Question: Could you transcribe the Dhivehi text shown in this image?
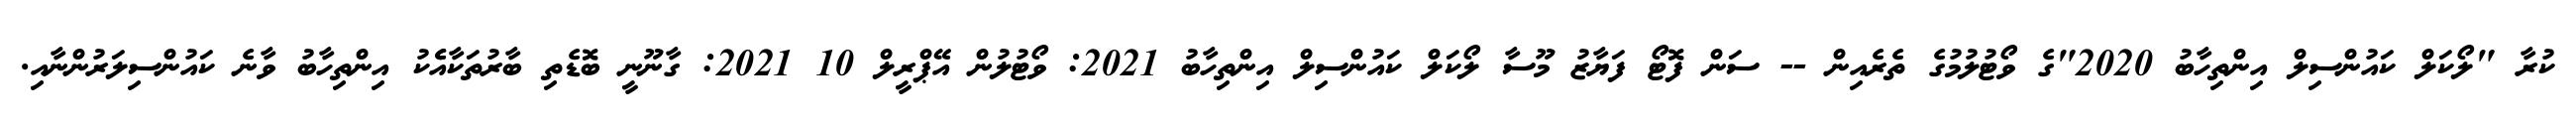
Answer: ކުރާ "ލޯކަލް ކައުންސިލް އިންތިހާބު 2020"ގެ ވޯޓުލުމުގެ ތެރެއިން -- ސަން ފޮޓޯ ފަޔާޒު މޫސާ ލޯކަލް ކައުންސިލް އިންތިހާބު 2021: ވޯޓުލުން އޭޕްރީލް 10 2021: ގާނޫނީ ބޮޑެތި ބާރުތަކާއެެކު އިންތިހާބު ވާނެ ކައުންސިލަރުންނާއި.